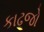
કાઢજો